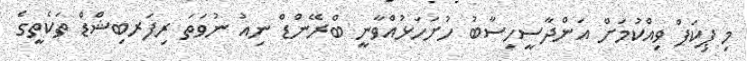
މި ޕިކަޕް ވިއްކުމަށް އަންދާސީހިސާބު ހުށަހަޅުއްވާނީ ބްރޭންޑް ނިއު ނުވަތަ ރިފަރބިޝްޑް ތަކެތީގެ